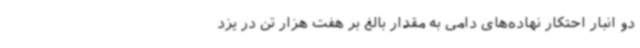
دو انبار احتکار نهاده‌های دامی به مقدار بالغ بر هفت هزار تن در یزد